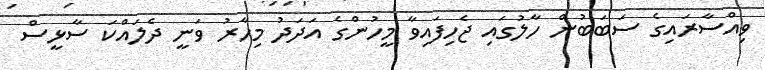
ވިއްސާރައިގެ ސަބަބުން ހާލުގައި ޖެހިފައިވާ މީހުންގެ އަދަދު މިހާރު ވަނީ ދެލައްކަ ސާޅީސް